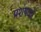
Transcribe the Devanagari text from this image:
प्रशंषकों